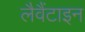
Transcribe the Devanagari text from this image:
लैवैंटाइन